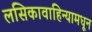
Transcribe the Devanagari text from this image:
लसिकावाहिन्यामधून